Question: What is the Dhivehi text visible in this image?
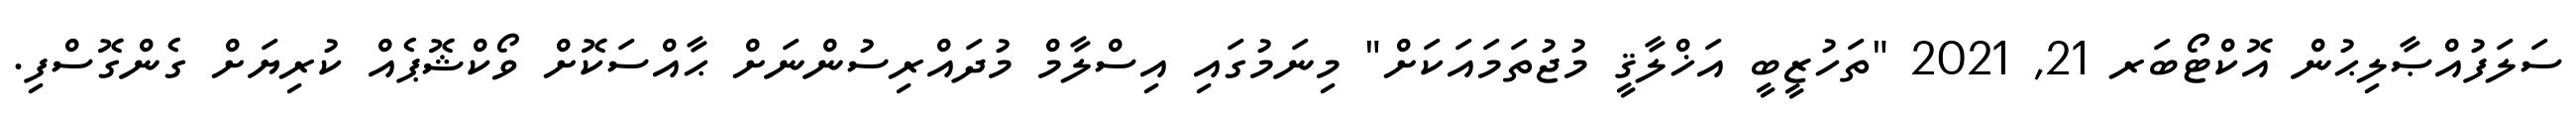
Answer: ސަލަފުއްޞާލިޙުން އޮކްޓޯބަރ 21, 2021 "ތަހުޒީބީ އަޚްލާޤީ މުޖުތަމައަކަށް" މިނަމުގައި އިސްލާމް މުދައްރިސުންނަށް ޙާއްސަކޮށް ވޯކްޝޮޕެއް ކުރިޔަށް ގެންގޮސްފި.